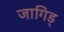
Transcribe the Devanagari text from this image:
जागिड्